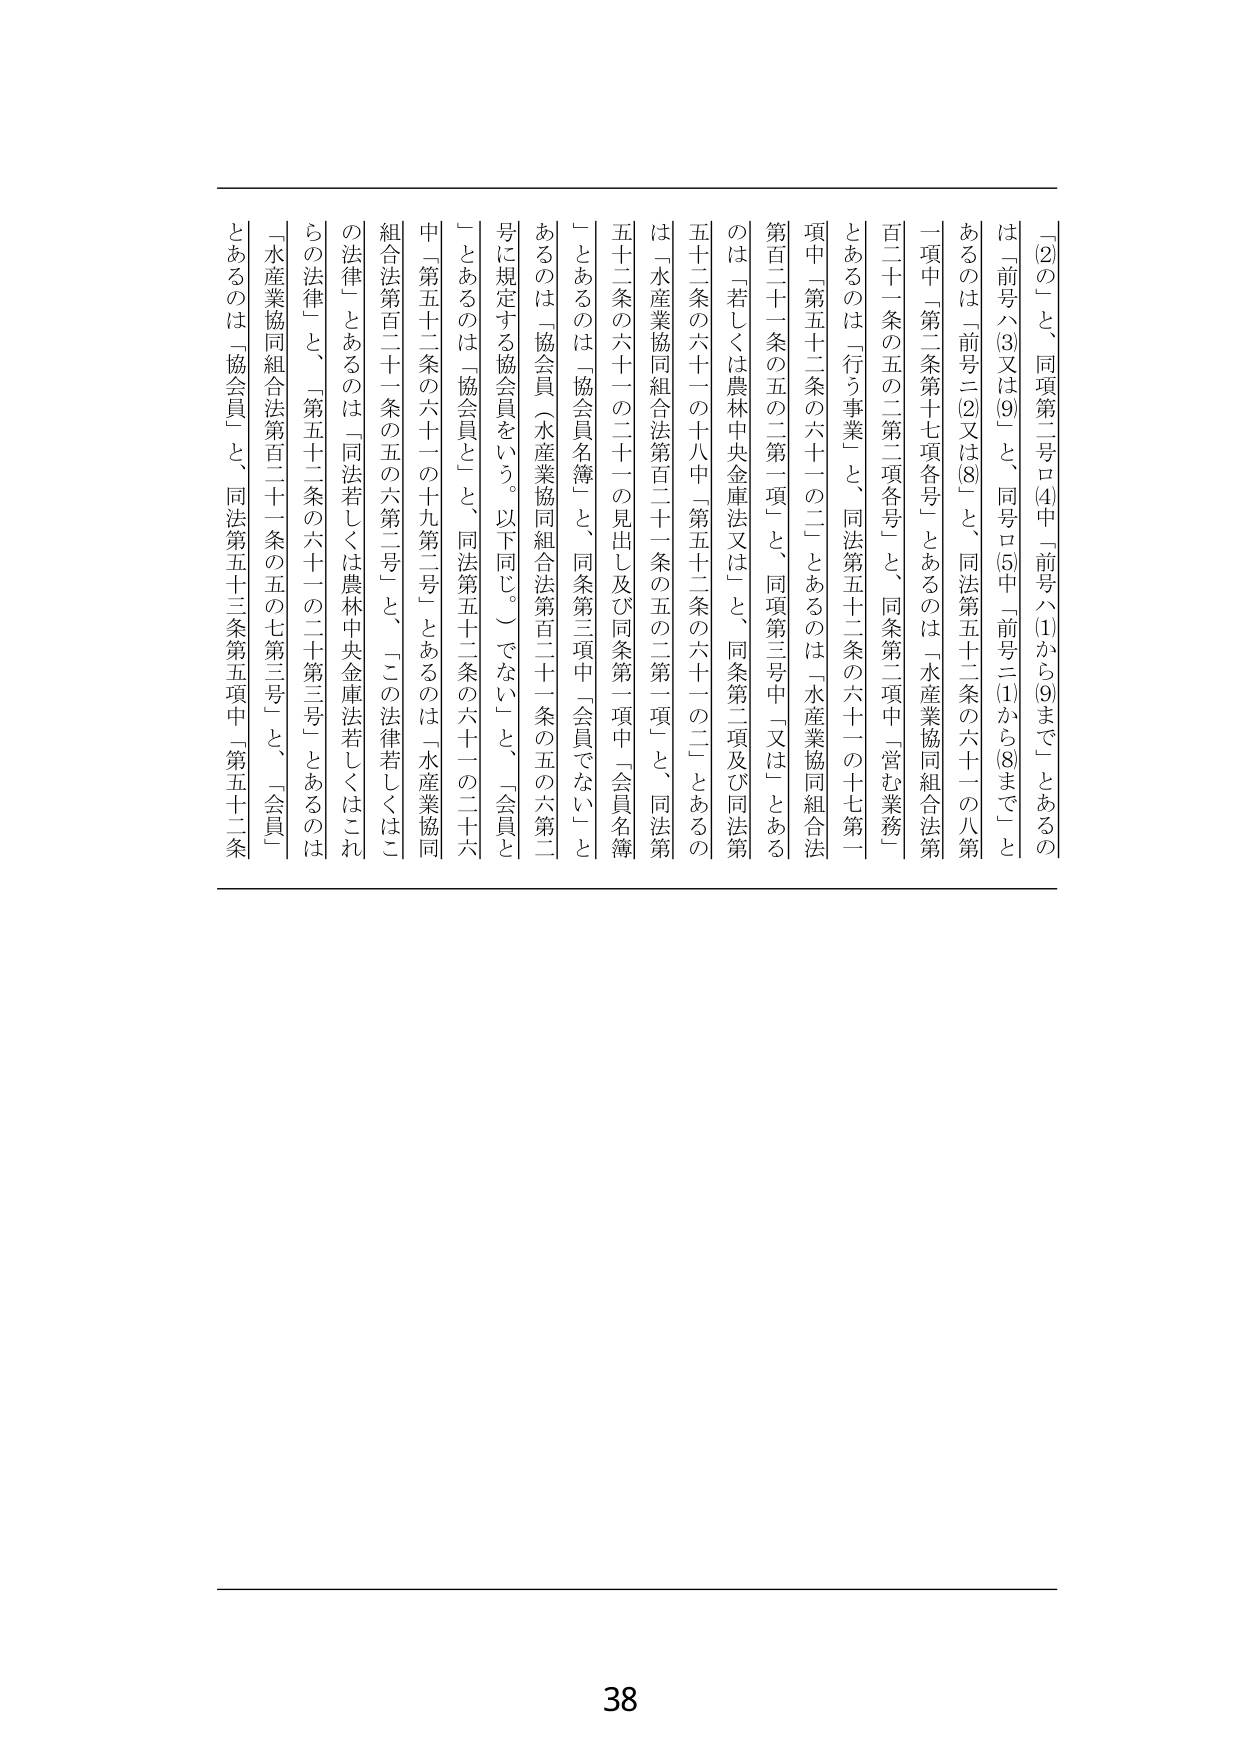
〔2〕の」と、同項第二号ロ(4)中「前号ハ(1)から(9)まで」とあるの
は「前号ハ(3)又は(9)」と、同号ロ(5)中「前号ニ(1)から(8)まで」と
あるのは「前号ニ(2)又は(8)」と、同法第五十二条の六十一の八第
一項中「第二条第十七項各号」とあるのは「水産業協同組合法第
百二十一条の五の二第二項各号」と、同条第二項中「営む業務」
とあるのは「行う事業」と、同法第五十二条の六十一の十七第一
項中「第五十二条の六十一の二」とあるのは「水産業協同組合法
第百二十一条の五の二第一項」と、同項第三号中「又は」とある
のは「若しくは農林中央金庫法又は」と、同条第二項及び同法第
五十二条の六十一の十八中「第五十二条の六十一の二」とあるの
は「水産業協同組合法第百二十一条の五の二第一項」と、同法第
五十二条の六十一の二十一の見出し及び同条第一項中「会員名簿
」とあるのは「協会員名簿」と、同条第三項中「会員でない」と
あるのは「協会員（水産業協同組合法第百二十一条の五の六第二
号に規定する協会員をいう。以下同じ。）でない」と、「会員と
」とあるのは「協会員と」と、同法第五十二条の六十一の二十六
中「第五十二条の六十一の十九第二号」とあるのは「水産業協同
組合法第百二十一条の五の六第二号」と、「この法律若しくはこ
の法律」とあるのは「同法若しくは農林中央金庫法若しくはこれ
らの法律」と、「第五十二条の六十一の二十第三号」とあるのは
「水産業協同組合法第百二十一条の五の七第三号」と、「会員」
とあるのは「協会員」と、同法第五十三条第五項中「第五十二条

38